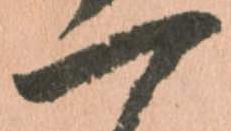
一